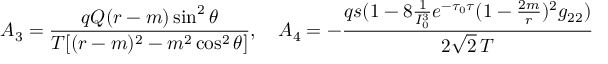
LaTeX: A _ { 3 } = { \frac { q Q ( r - m ) \sin ^ { 2 } \theta } { T [ ( r - m ) ^ { 2 } - m ^ { 2 } \cos ^ { 2 } \theta ] } } , \ \ \ A _ { 4 } = - { \frac { q s ( 1 - 8 { \frac { 1 } { I _ { 0 } ^ { 3 } } } e ^ { - \tau _ { 0 } \tau } ( 1 - { \frac { 2 m } { r } } ) ^ { 2 } g _ { 2 2 } ) } { 2 \sqrt { 2 } \, T } }